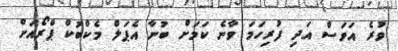
ވުރެ އަވަސް އަދި ފުރިހަމަ ވާނެ ކަމަށް ބުނާ އެޕަލް މެކްބުކް ޕްރޯއަށް